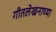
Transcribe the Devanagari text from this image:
गीतलेखनाच्या